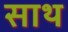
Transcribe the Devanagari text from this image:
साथ